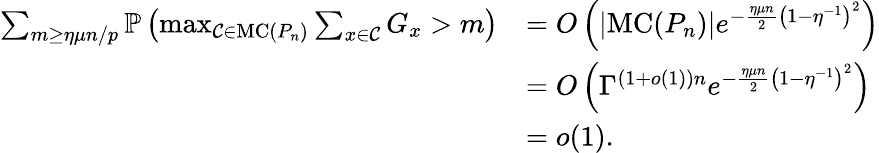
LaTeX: \begin{array}{rl}{\sum_{m\geq\eta\mu n/p}\mathbb{P}\left(\operatorname*{max}_{\mathcal C\in\mathrm{MC}(P_{n})}\sum_{x\in\mathcal C}G_{x}>m\right)}&{=O\left(\left\lvert\mathrm{MC}(P_{n})\right\rvert e^{-\frac{\eta\mu n}{2}\left(1-\eta^{-1}\right)^{2}}\right)}\\ &{=O\left(\Gamma^{(1+o(1))n}e^{-\frac{\eta\mu n}{2}\left(1-\eta^{-1}\right)^{2}}\right)}\\ &{=o(1).}\end{array}